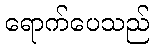
ရောက်ပေသည်